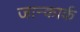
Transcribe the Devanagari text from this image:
जान्कार्क